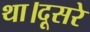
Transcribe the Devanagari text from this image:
था।दूसरे